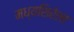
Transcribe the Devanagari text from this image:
मध्यशिरेला